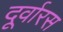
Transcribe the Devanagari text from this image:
दूर्वारस